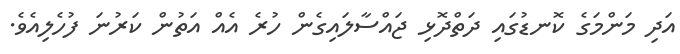
އަދި މަންމަގެ ކޮނޑުގައި ދަތްދޮޅި ޖައްސާލައިގެން ހުރެ އެއް އަތުން ކަރުނަ ފުހެލިއެވެ.